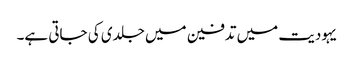
یہودیت میں تدفین میں جلدی کی جاتی ہے۔